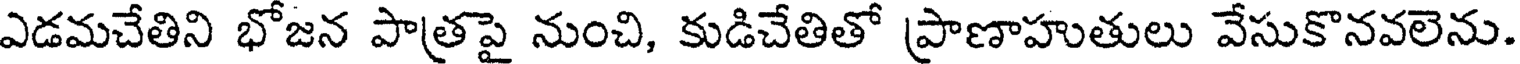
ఎడమచేతిని భోజన పాత్రపై నుంచి, కుడిచేతితో ప్రాణాహుతులు వేసుకొనవలెను.